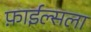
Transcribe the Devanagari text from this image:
फ़ाईल्सला